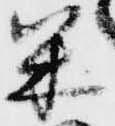
米